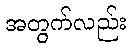
အတွက်လည်း